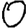
Digit: 0